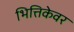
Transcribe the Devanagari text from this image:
भित्तिकेवर